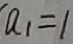
a _ { 1 } = 1